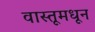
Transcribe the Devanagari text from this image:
वास्तूमधून